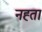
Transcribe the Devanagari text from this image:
नह्ता